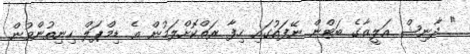
" ދާނިޝް އަލީޒާގެ ބަޓްން ނޭފަތުގައި ހިފާ ރަތްކޮށްލަމުން އެ ޑިމްޕަލް ހިނިތުންވުން